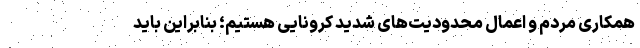
همکاری مردم و اعمال محدودیت‌های شدید کرونایی هستیم؛ بنابراین باید